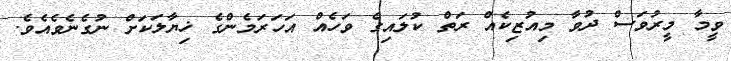
ވީމާ މީރުވަސް ދުވާ މިއުޒިކެއް ރަތް ކުލައިގެ ވަހެއް އަހަރަމެންގެ ޚިޔާލަކަށް ނުގެނެވެއެވެ.